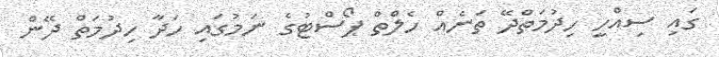
ގައި ސިއްހީ ހިދުމަތްދޭ ތަނެއް ހެލްތް ޕޯސްޓުގެ ނަމުގައި ހަދާ ހިދުމަތް ދޭން